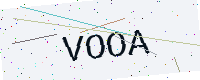
Text: VOOA